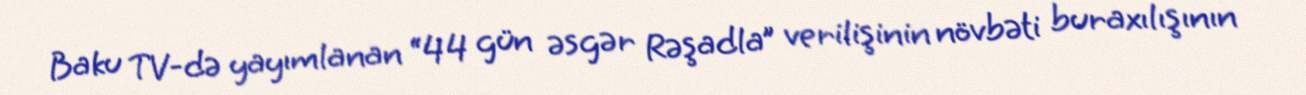
Baku TV-də yayımlanan “44 gün əsgər Rəşadla” verilişinin növbəti buraxılışının